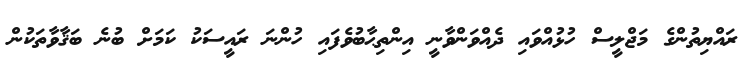
ރައްޔިތުންގެ މަޖްލީސް ހުޅުއްވައި ދެއްވަންވާނީ އިންތިޙާބުވެފައި ހުންނަ ރައީސަކު ކަމަށް ބުނެ ބަޤާވާތަކުން